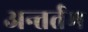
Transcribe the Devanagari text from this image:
अन्तर्तम